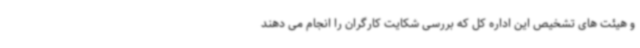
و هیئت های تشخیص این اداره کل که بررسی شکایت کارگران را انجام می دهند